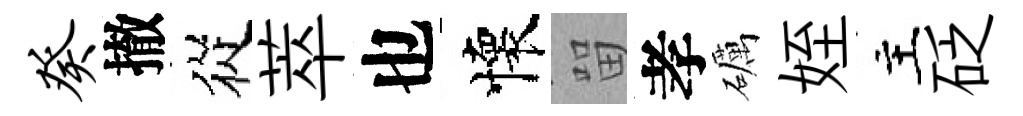
癸撤從萃也懷㽞孝礪姪主砭